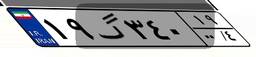
۱۹گ۳۴۰۱۹